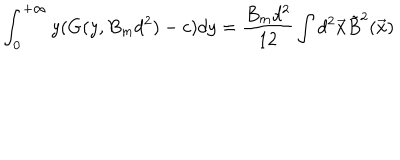
\int _ { 0 } ^ { + \infty } y ( G ( y , B _ { m } d ^ { 2 } ) - c ) d y = \frac { B _ { m } d ^ { 2 } } { 1 2 } \int d ^ { 2 } \vec { x } \tilde { B } ^ { 2 } ( \vec { x } )